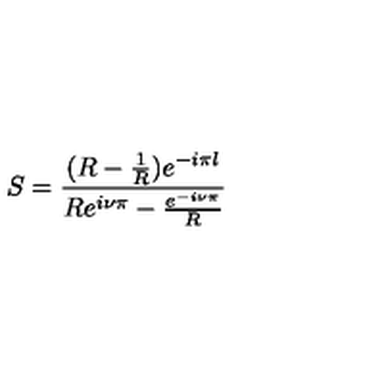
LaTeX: S = \frac { ( R - \frac { 1 } { R } ) e ^ { - i \pi l } } { R e ^ { i \nu \pi } - \frac { e ^ { - i \nu \pi } } { R } }